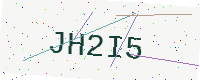
Text: JH2I5